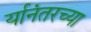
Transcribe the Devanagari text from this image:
र्यानंतरच्या